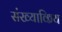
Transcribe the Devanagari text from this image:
संख्याकिय